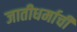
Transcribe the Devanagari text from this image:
जातीधर्माची